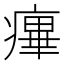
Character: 𤹝